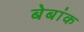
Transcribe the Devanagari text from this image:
बेबांक